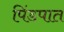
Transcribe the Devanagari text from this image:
पिंडपात